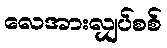
လေအားလျှပ်စစ်